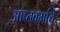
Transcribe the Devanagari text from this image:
आप्तवर्गाचे